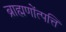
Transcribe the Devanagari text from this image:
ब्राह्मणोंत्पत्ति